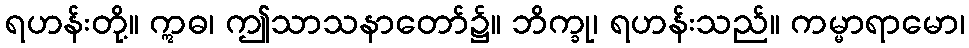
ရဟန်းတို့။ ဣဓ၊ ဤသာသနာတော်၌။ ဘိက္ခု၊ ရဟန်းသည်။ ကမ္မာရာမော၊